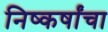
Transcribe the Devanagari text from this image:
निष्कर्षांचा